Vaccination North-Western Provinces 1866-1877 - 1866-1877
Year: 1866
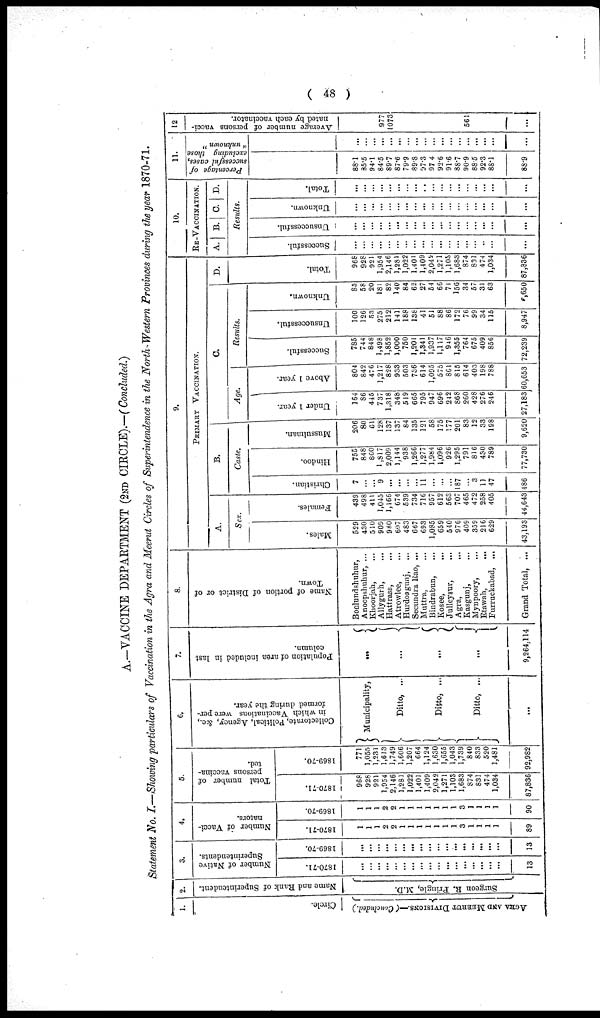
48
A.—VACCINE DEPAETMENT (2ND CIRCLE).—(Concluded.)
Statement No. I.—Showing particulars of Vaccination in the Agra and Meerut Circles of Superintendence in the North-Western Provinces during the year 1870-71.
1.
Circle.
AGRA AND MEERUT DIVISIONS.—( Concluded.)
2.
Name and Rank of Superintendent.
Surgeon R. Pringle, M.D.
3.
Number of Native
Superintendents.
1870-71.
...
...
...
...
...
...
...
...
...
...
...
...
...
...
...
...
...
13
1869-70.
...
...
...
...
...
...
...
...
...
...
...
...
...
...
...
...
...
13
4.
Number of Vacci-
nators.
1870-71.
1
1
1
2
2
1
1
1
1
1
1
1
3
1
1
1
1
89
1869-70.
1
1
1
2
2
1
1
1
1
1
1
1
3
1
1
1
1
90
5.
Total number of
persons vaccina-
ted.
1870-71.
968
928
921
1,954
2,146
1,281
1,022
1,401
1,409
2,042
1,271
1,103
1,683
874
831
474
1,034
87,836
1869-70.
771
1,055
1,231
1,613
1,749
1,606
1,207
664
1,124
1,630
1,655
1,043
1,739
840
833
520
1,481
92,982
6.
Collectorate, Political, Agency, &c.,
in which Vaccinations were per-
formed during the year.
Municipality,
Ditto, ...
Ditto, ...
Ditto, ...
...
7.
Population of area included in last
column.
...
...
...
...
9,264,114
8.
Name of portion of District or of
Town.
Boolundshuhur,
Anoopshuhur, ...
Khoorjah, ...
Allygurh, ...
Hattrass, ...
Atrowlee, ...
Hurdoagunj, ...
Secundra Rao, ...
Muttra, ...
Bindrabun, ...
Kosee, ...
Julleysur, ...
Agra, ...
Kasgunj, ...
Mynpoory, ...
Etawah, ...
Furruckabad, ...
Grand Total, ...
9.
PRIMARY VACCCINATION
A.
Sex.
Males.
529
430
510
909
980
607
483
667
693
1,085
659
540
976
409
359
216
629
43,193
Females.
439
498
411
1,045
1,166
674
539
734
716
957
612
563
707
465
472
258
405
44,643
B.
Caste.
Christian.
7
...
... 9
...
...
...
...
11
...
...
...
187
...
3
11
47
486
Hindoo.
755
848
860
1,817
2,009
1,144
938
1,266
1,277
1,984
1,096
926
1,295
791
816
430
789
77,730
Mussulman.
206
80
61
128
137
137
84
135
121
58
175
177
201
83
12
33
198
9,620
C.
Age.
Under 1 year.
164
86
445
737
1,318
348
519
665
795
947
696
242
868
260
428
276
246
27,183
Above 1 year.
804
842
476
1,217
828
933
503
736
614
1,095
575
861
815
614
403
198
788
60,653
Results.
Successful.
785
744
848
1,498
1,852
1,000
750
1,201
1,341
1,937
1,117
946
1,355
764
675
409
856
72,239
Unsuccessful.
100
126
53
275
212
141
188
138
41
51
88
86
172
76
99
34
115
8,947
Unknown.
83
58
20
181
82
140
84
62
27
54
66
71
156
34
57
31
63
6,650
D.
Total.
968
928
921
1,954
2,146
1,281
1,022
1,401
1,409
2,042
1,271
1,103
1,683
874
831
474
1,034
87,836
10.
RE-VACCINATION.
A.
B. C. D.
Results.
Successful.
...
...
...
...
...
...
...
...
...
...
...
...
...
...
...
...
...
...
Unsuccessful.
...
...
...
...
...
...
...
...
...
...
...
...
...
...
...
...
...
...
Unknown.
...
...
...
...
...
...
...
...
...
...
...
...
...
...
...
...
...
...
Total.
...
...
...
...
...
...
...
...
...
...
...
...
...
...
...
...
...
...
11.
Percentage of
successful cases,
excluding those
" unknown "
88.1
85.5
94.1
84.5
89.7
87.6
79.9
89.8
97.3
97.4
92.6
91.6
88.7
90.9
88.5
92.3
88.1
88.9
...
...
...
...
...
...
...
...
...
...
...
...
...
...
...
...
...
...
12.
Average number of persons vacci-
nated by each vaccinator.
977
1073
561
...